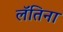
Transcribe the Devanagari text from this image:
लॅतिना